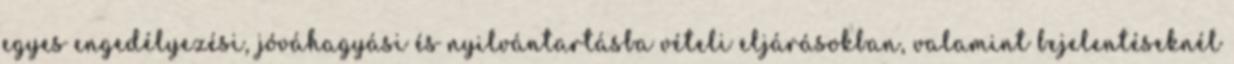
egyes engedélyezési, jóváhagyási és nyilvántartásba vételi eljárásokban, valamint bejelentéseknél